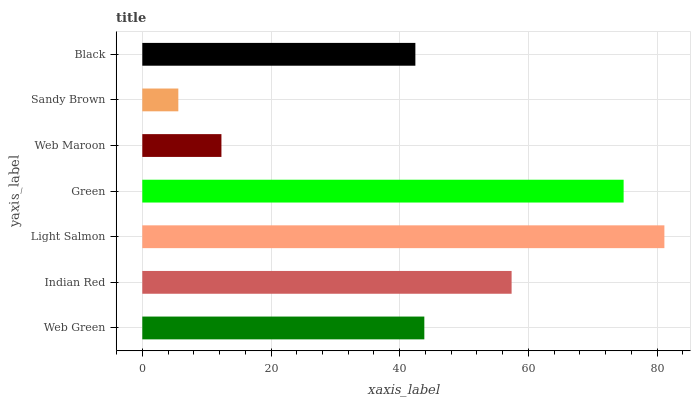
| yaxis_label | bars |
 | --- | --- |
 | Web Green | 43.8 |
 | Indian Red | 57.4 |
 | Light Salmon | 81.1 |
 | Green | 74.8 |
 | Web Maroon | 12.3 |
 | Sandy Brown | 5.6 |
 | Black | 42.4 |